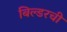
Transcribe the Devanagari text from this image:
बिल्डरची